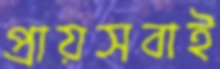
প্রায়সবাই